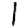
Digit: 1